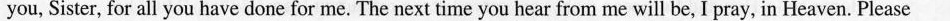
you, Sister, for all you have done for me. The next time you hear from me will be, I pray, in Heaven. Please